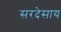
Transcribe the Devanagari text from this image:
सरदेसाय